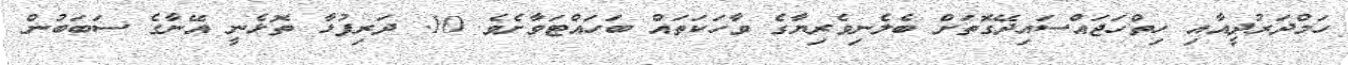
ހަމްދަރުދީއާއި ހިތްހަޖައްސައިދޭގޮތަށް ބެލެނިވެރިޔާގެ ވާހަކަތައް ބަހައްޓަވާށެވެ. 10. ދަރިފުޅާ ތޮޅެނީ އޭނާގެ ސަބަބުން